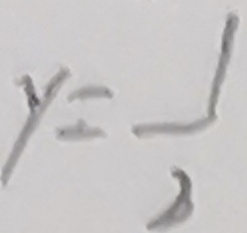
y = \frac { 1 } { 2 }